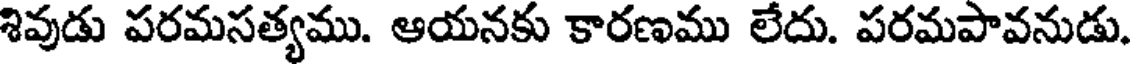
శివుడు పరమసత్యము. ఆయనకు కారణము లేదు. పరమపావనుడు.